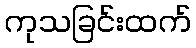
ကုသခြင်းထက်